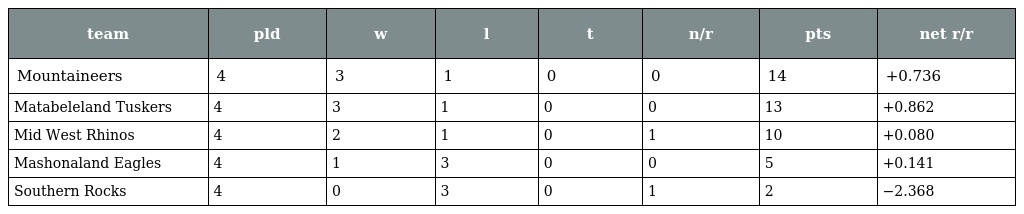
| team | pld | w | l | t | n/r | pts | net r/r |
 | --- | --- | --- | --- | --- | --- | --- | --- |
 | Mountaineers | 4 | 3 | 1 | 0 | 0 | 14 | +0.736 |
 | Matabeleland Tuskers | 4 | 3 | 1 | 0 | 0 | 13 | +0.862 |
 | Mid West Rhinos | 4 | 2 | 1 | 0 | 1 | 10 | +0.080 |
 | Mashonaland Eagles | 4 | 1 | 3 | 0 | 0 | 5 | +0.141 |
 | Southern Rocks | 4 | 0 | 3 | 0 | 1 | 2 | −2.368 |